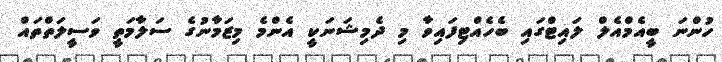
ހުންނަ ބީއެމްއެލް ލައިޓްގައި ބެހެއްޓިފައިވާ މި ދެމިޝަނަކީ އެންމެ މިޒަމާނުގެ ސަލާމަތީ ވަސީލަތްތައް